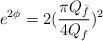
LaTeX: \begin{align*}e^{2\phi} = 2 (\frac{\pi Q_{\bar{f}}}{4Q_{f}})^{2}\end{align*}